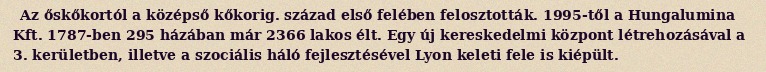
Az őskőkortól a középső kőkorig. század első felében felosztották. 1995-től a Hungalumina Kft. 1787-ben 295 házában már 2366 lakos élt. Egy új kereskedelmi központ létrehozásával a 3. kerületben, illetve a szociális háló fejlesztésével Lyon keleti fele is kiépült.